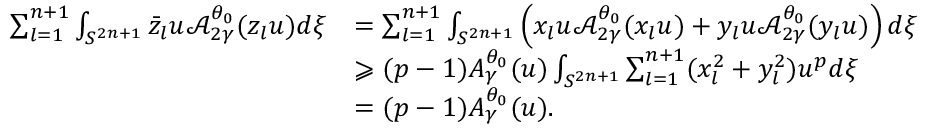
\begin{array} { r l } { \sum _ { l = 1 } ^ { n + 1 } \int _ { S ^ { 2 n + 1 } } \bar { z } _ { l } u \mathcal { A } _ { 2 \gamma } ^ { \theta _ { 0 } } ( z _ { l } u ) d \xi } & { = \sum _ { l = 1 } ^ { n + 1 } \int _ { S ^ { 2 n + 1 } } \left( x _ { l } u \mathcal { A } _ { 2 \gamma } ^ { \theta _ { 0 } } ( x _ { l } u ) + y _ { l } u \mathcal { A } _ { 2 \gamma } ^ { \theta _ { 0 } } ( y _ { l } u ) \right) d \xi } \\ & { \geqslant ( p - 1 ) A _ { \gamma } ^ { \theta _ { 0 } } ( u ) \int _ { S ^ { 2 n + 1 } } \sum _ { l = 1 } ^ { n + 1 } ( x _ { l } ^ { 2 } + y _ { l } ^ { 2 } ) u ^ { p } d \xi } \\ & { = ( p - 1 ) A _ { \gamma } ^ { \theta _ { 0 } } ( u ) . } \end{array}